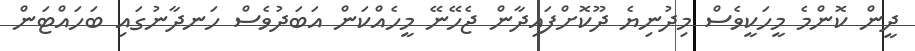
ދީން ކޮންމެ މީހަކީވެސް މިދުނިޔެ ދޫކޮށްފައިދާން ޖެހޭނޭ މީހެއްކަން އަބަދުވެސް ހަނދާނުގައި ބަހައްޓަން